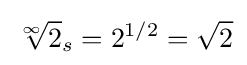
{\sqrt[{\infty }]{2}}_{s}=2^{1/2}={\sqrt {2}}